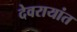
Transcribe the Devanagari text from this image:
देवरायांत